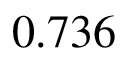
0 . 7 3 6